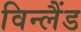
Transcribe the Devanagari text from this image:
विन्लैंड